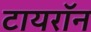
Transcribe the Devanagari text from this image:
टायराॅन